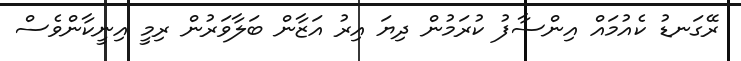
ރޭގަނޑު ކެއުމައް އިންސާފު ކުރަމުން ދިޔަ އިރު އަޒާން ބަލާވަރުން ރިމީ އިނީކާންވެސް